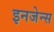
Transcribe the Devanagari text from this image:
इनजेन्स